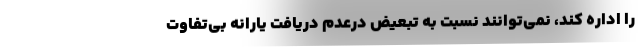
را اداره کند، نمی‌توانند نسبت به تبعیض درعدم دریافت یارانه بی‌تفاوت